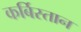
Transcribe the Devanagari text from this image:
कर्बिस्तान